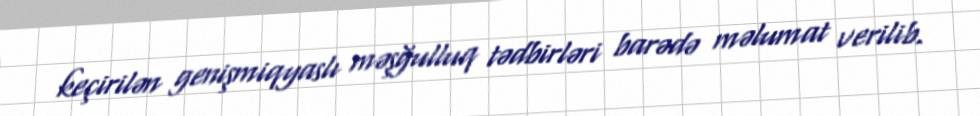
keçirilən genişmiqyaslı məşğulluq tədbirləri barədə məlumat verilib.